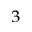
^ { 3 }